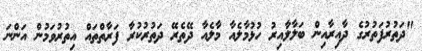
"ދަތުރުފަތުރުގެ ދާއިރާއިން ބަލާލާއިރު ހުޅުމާލެއާ މާލެއާ ދޭތެރޭ ދަތުރުކުރާ ފަރާތްތައް އިތުރުވަމުން އަންނަ